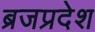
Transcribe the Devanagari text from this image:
ब्रजप्रदेश